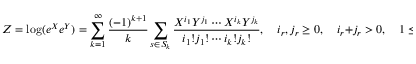
Z = \log ( e ^ { X } e ^ { Y } ) = \sum _ { k = 1 } ^ { \infty } { \frac { ( - 1 ) ^ { k + 1 } } { k } } \sum _ { s \in S _ { k } } { \frac { X ^ { i _ { 1 } } Y ^ { j _ { 1 } } \cdots X ^ { i _ { k } } Y ^ { j _ { k } } } { i _ { 1 } ! j _ { 1 } ! \cdots i _ { k } ! j _ { k } ! } } , \quad i _ { r } , j _ { r } \geq 0 , \quad i _ { r } + j _ { r } > 0 , \quad 1 \leq r \leq k ,